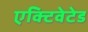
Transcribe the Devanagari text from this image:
एक्टिवेटेड